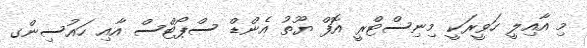
މި އާއިލީ ހަވީރަކީ މިނިސްޓްރީ އޮފް ޔޫތު އެންޑް ސްޕޯޓްސް އާއި ހައުސިންގ